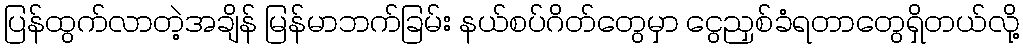
ပြန်ထွက်လာတဲ့အချိန် မြန်မာဘက်ခြမ်း နယ်စပ်ဂိတ်တွေမှာ ငွေညှစ်ခံရတာတွေရှိတယ်လို့